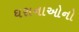
ઘરાનાઓનો